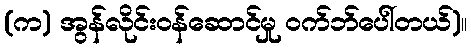
(က) အွန်လိုင်းဝန်ဆောင်မှု ဝက်ဘ်ပေါ်တယ်)။